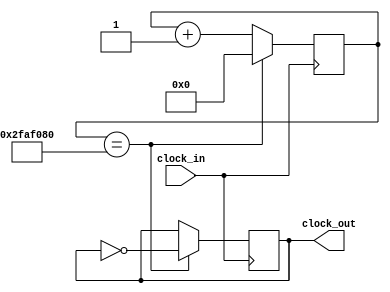
module ssd_freq_div(
    input clock_in,
    output reg clock_out
    );
    parameter width = 32;
    reg [width-1:0] count;
    initial
    begin
        count = 0;
        clock_out = 0;
    end
    always @ (posedge clock_in)
    begin
        if(count == 50000000)
        begin
            count <= 0;
            clock_out=~clock_out;
        end
        else
        count <= count + 1;
    end

endmodule